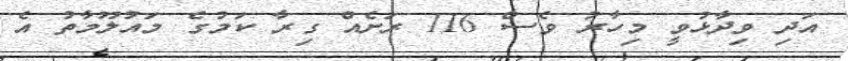
އަދި ވިދާޅުވީ މިހާރު ވެސް 116 ރަށެއް ގިރާ ކަމުގެ މައުލޫމާތު އެ